Vaccination in Bombay 1869-1873 - 1869-1873
Year: 1869
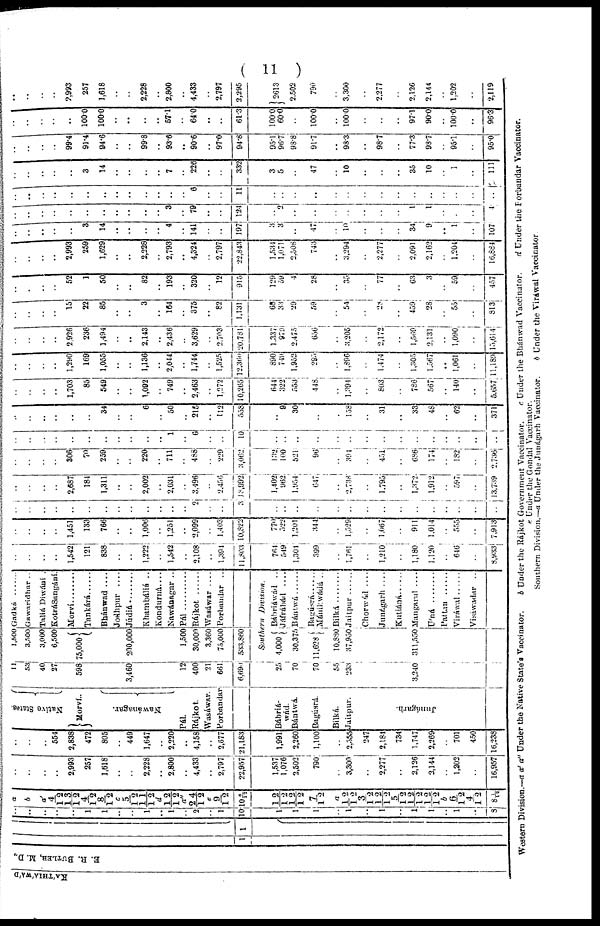
( 11 )
KA'THIA'WA'D
E. R. BUTLER, M. D.,
1
..
1
..
..
..
..
..
1
1
..
..
1
..
1
..
2
..
1
10
1
1
1
..
1
..
1
..
1
1
..
1
..
8
a
b
a'
4/12
13/12
4/12
8/12 c
5/12
11/12
d
12/12
a"
24/12 e
9/12
10 6/12
12/12
12/12
7/12
a
12/12
3/12
12/12
5/12
12/12
12/12
b
6/12
4/12
8 1/12
..
..
..
..
2,993
257
1,618
..
..
2,228
..
2,800
..
4,433
..
2,797
22,957
1 537
1,076
2,502
790
..
3,300
..
2,277
..
2,126
2,144
..
1,202
..
16,957
..
..
..
554
2,838
472
805
..
449
1,647
..
2,220
..
4,158
..
2,677
21,183
1,991
2,260
1,100
..
2,555
247
2,184
734
1,747
2,269
..
701
450
16,238
Native States.
Morví..
Nawánagar.
Pál.
Rájkot.
Wasáwar.
Porbandar
Bábriá¬
wád.
Bántwá.
Bagúsrá.
Bilká.
Jaitpur.
J unágar h.
11
53
40
27
598
3,460
12
400
21
661
6,690
25
70
70
55
233
3,240
1,500
3,500
3,000
6,500
75,000
200,000
1,500
30,000
3,360
75,000
533,860
Gadká ..........
Gawarídhar ..
Taliá Diwání .
KotráSangání.
Morvi ..........
Tankárá......
Bhánwad ....
Jodhpur ....
Júdiá........
Khambáliá ..
Kondurná....
Nawánagar ..
Pál
Rájkot ......
Wasáwar....
Porbandar ..
Southern
Division.
4,000
30,375
11,628
10,880
37,950
311,550
Bábriwád ..
Jáfrábád ....
Bántwá
Ragúsrá
Mánikwádá ..
Bilká..........
Jaitpur......
Chorwád ....
Junágarh ....
Kutiáná
Mangarul....
U'ná ........
Pattan ......
Viráwal......
Visáwadar ..
..
..
..
..
1,542
121
838
..
..
1,222
..
1,542
..
2,108
..
1,394
11,803
764
549
1,304
399
..
1,761
..
1,210
..
1,180
1,120
..
646
..
8,933
..
..
..
..
1,451
133
766
..
..
1,006
..
1,251
..
2,099
..
1,403
10,822
770
522
1,201
344
..
1,529
..
1,067
..
911
1,014
..
555
..
7,913
..
..
..
..
..
..
..
..
..
..
..
..
..
2
..
..
3
..
..
..
..
..
..
..
..
..
..
..
..
..
..
..
..
..
..
2,687
184
1,311
..
..
2,002
..
2,031
..
3,496
..
2,456
18,992
1,402
962
1,954
647
..
2,738
..
1,795
..
1,372
1,912
..
597
..
13,739
..
..
..
..
306
70
259
..
..
220
..
711
..
488
..
229
3,062
132
100
521
96
..
391
..
451
..
686
174
..
132
..
2,736
..
..
..
..
..
..
..
..
..
..
..
1
..
6
..
..
10
..
..
..
..
..
..
..
..
..
..
..
..
..
..
..
..
..
..
..
..
..
34
..
..
6
..
50
..
215
..
112
558
..
9
30
..
..
158
..
31
..
33
48
..
62
..
371
..
..
..
..
1,703
85
549
..
..
1,092
..
749
..
2,463
..
1,272
10,265
644
322
553
448
..
1,394
..
803
..
786
567
..
140
..
5,657
..
..
..
..
1,290
169
1,055
..
..
1,136
..
2,044
..
1,744
..
1,525
12,360
890
749
1,952
295
..
1,896
..
1,474
..
1,305
1.067
..
1,061
..
11,189
..
..
..
..
2,926
236
1,494
..
..
2,143
..
2,436
..
3,629
..
2,703
20,781
1,337
979
2,475
656
..
3,205
..
2,172
..
1,569
2,131
..
1,090
..
15,614
..
..
..
..
15
22
85
..
..
3
..
164
..
375
..
82
1,131
68
33
29
59
..
54
..
28
..
459
28
..
55
..
813
..
..
..
..
52
1
50
..
..
82
..
193
..
320
..
12
915
129
59
4
28
..
35
..
77
..
63
3
..
59
..
457
..
..
..
..
2,993
259
1,629
..
..
2,228
..
2,793
..
4,324
..
2,797
22,843
1,534
1,071
2,508
743
..
3,294
..
2,277
..
2,091
2,162
..
1,204
..
16,884
..
..
..
..
..
3
14
..
..
..
..
4
..
141
..
..
197
3
3
..
..
..
10
..
..
..
34
9
..
1
..
107
..
..
..
..
..
..
..
..
..
..
..
3
..
79
..
..
124
.. 2
..
..
..
..
..
..
..
1
1
..
..
..
14
..
..
..
..
..
..
..
..
..
..
..
..
..
6
..
..
11
..
..
..
..
..
..
..
..
..
..
..
..
..
..
..
..
..
..
..
..
3
14
..
..
..
..
7
..
226
..
..
332
3
5
..
47
..
10
..
..
..
35
10
..
1
..
111
..
..
..
..
99.4
91.4
94.6
..
..
99.8
..
93.6
..
90.6
..
97.0
94.8
95.4
96.7
93.8
91.7
..
98.3
..
98.7
..
77.3
98.7
..
95.1
..
950
..
..
..
..
..
100.0
100.0
..
..
..
..
57.1
..
64.0
..
..
61.3
100.0
60.0
..
100.0
..
100.0
..
..
..
97.1
90.0
..
100.0
..
96.3
..
..
..
..
2,993
257
1,618
..
..
2,228
..
2,800
..
4,433
..
2,797
2,295
2613
2,502
790
..
3,300
..
2,277
..
2,126
2,144
..
1,202
..
2,119
Western Division.—a a' a" Under the Native State's Vaccinator.
b Under the Rájkot Government Vaccinator.
c. Under the Bhánwad Vaccinator.
d Under the Porbandar Vaccinator.
e Under the Gondal Vaccinator.
Southern Division.—a Under the Junágarh vaccinator.
b Under the Viráwal Vaccinator